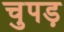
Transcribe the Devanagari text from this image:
चुपड़